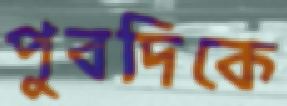
পুবদিকে